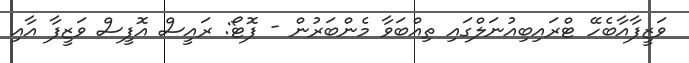
ވަޒީފާއާބެހޭ ޓްރައިބިއުނަލްގައި ތިއްބަވާ މެންބަރުން - ފޮޓޯ: ރައީސް އޮފީސް ވަޒީފާ އާއި